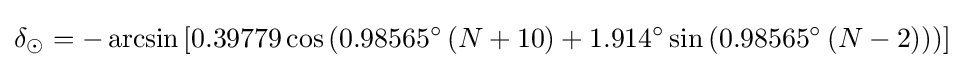
\delta _{\odot }=-\arcsin \left[0.39779\cos \left(0.98565^{\circ }\left(N+10\right)+1.914^{\circ }\sin \left(0.98565^{\circ }\left(N-2\right)\right)\right)\right]